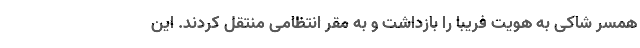
همسر شاکی به هویت فریبا را بازداشت و به مقر انتظامی منتقل کردند. این